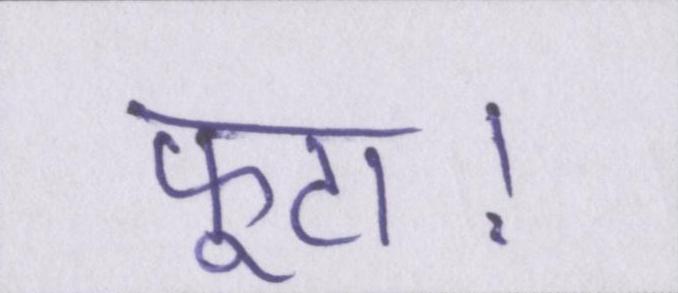
फूटा।